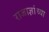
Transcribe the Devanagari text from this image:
राजाज्ञांच्या